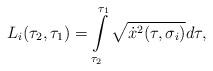
LaTeX: \begin{align*}L_i(\tau_2,\tau_1)=\int\limits_{\tau_2}^{\tau_1}\sqrt{\dot x^2(\tau,\sigma_i)}d \tau,\end{align*}